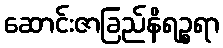
ဆောင်းဇာခြည်နိရဉ္စရာ